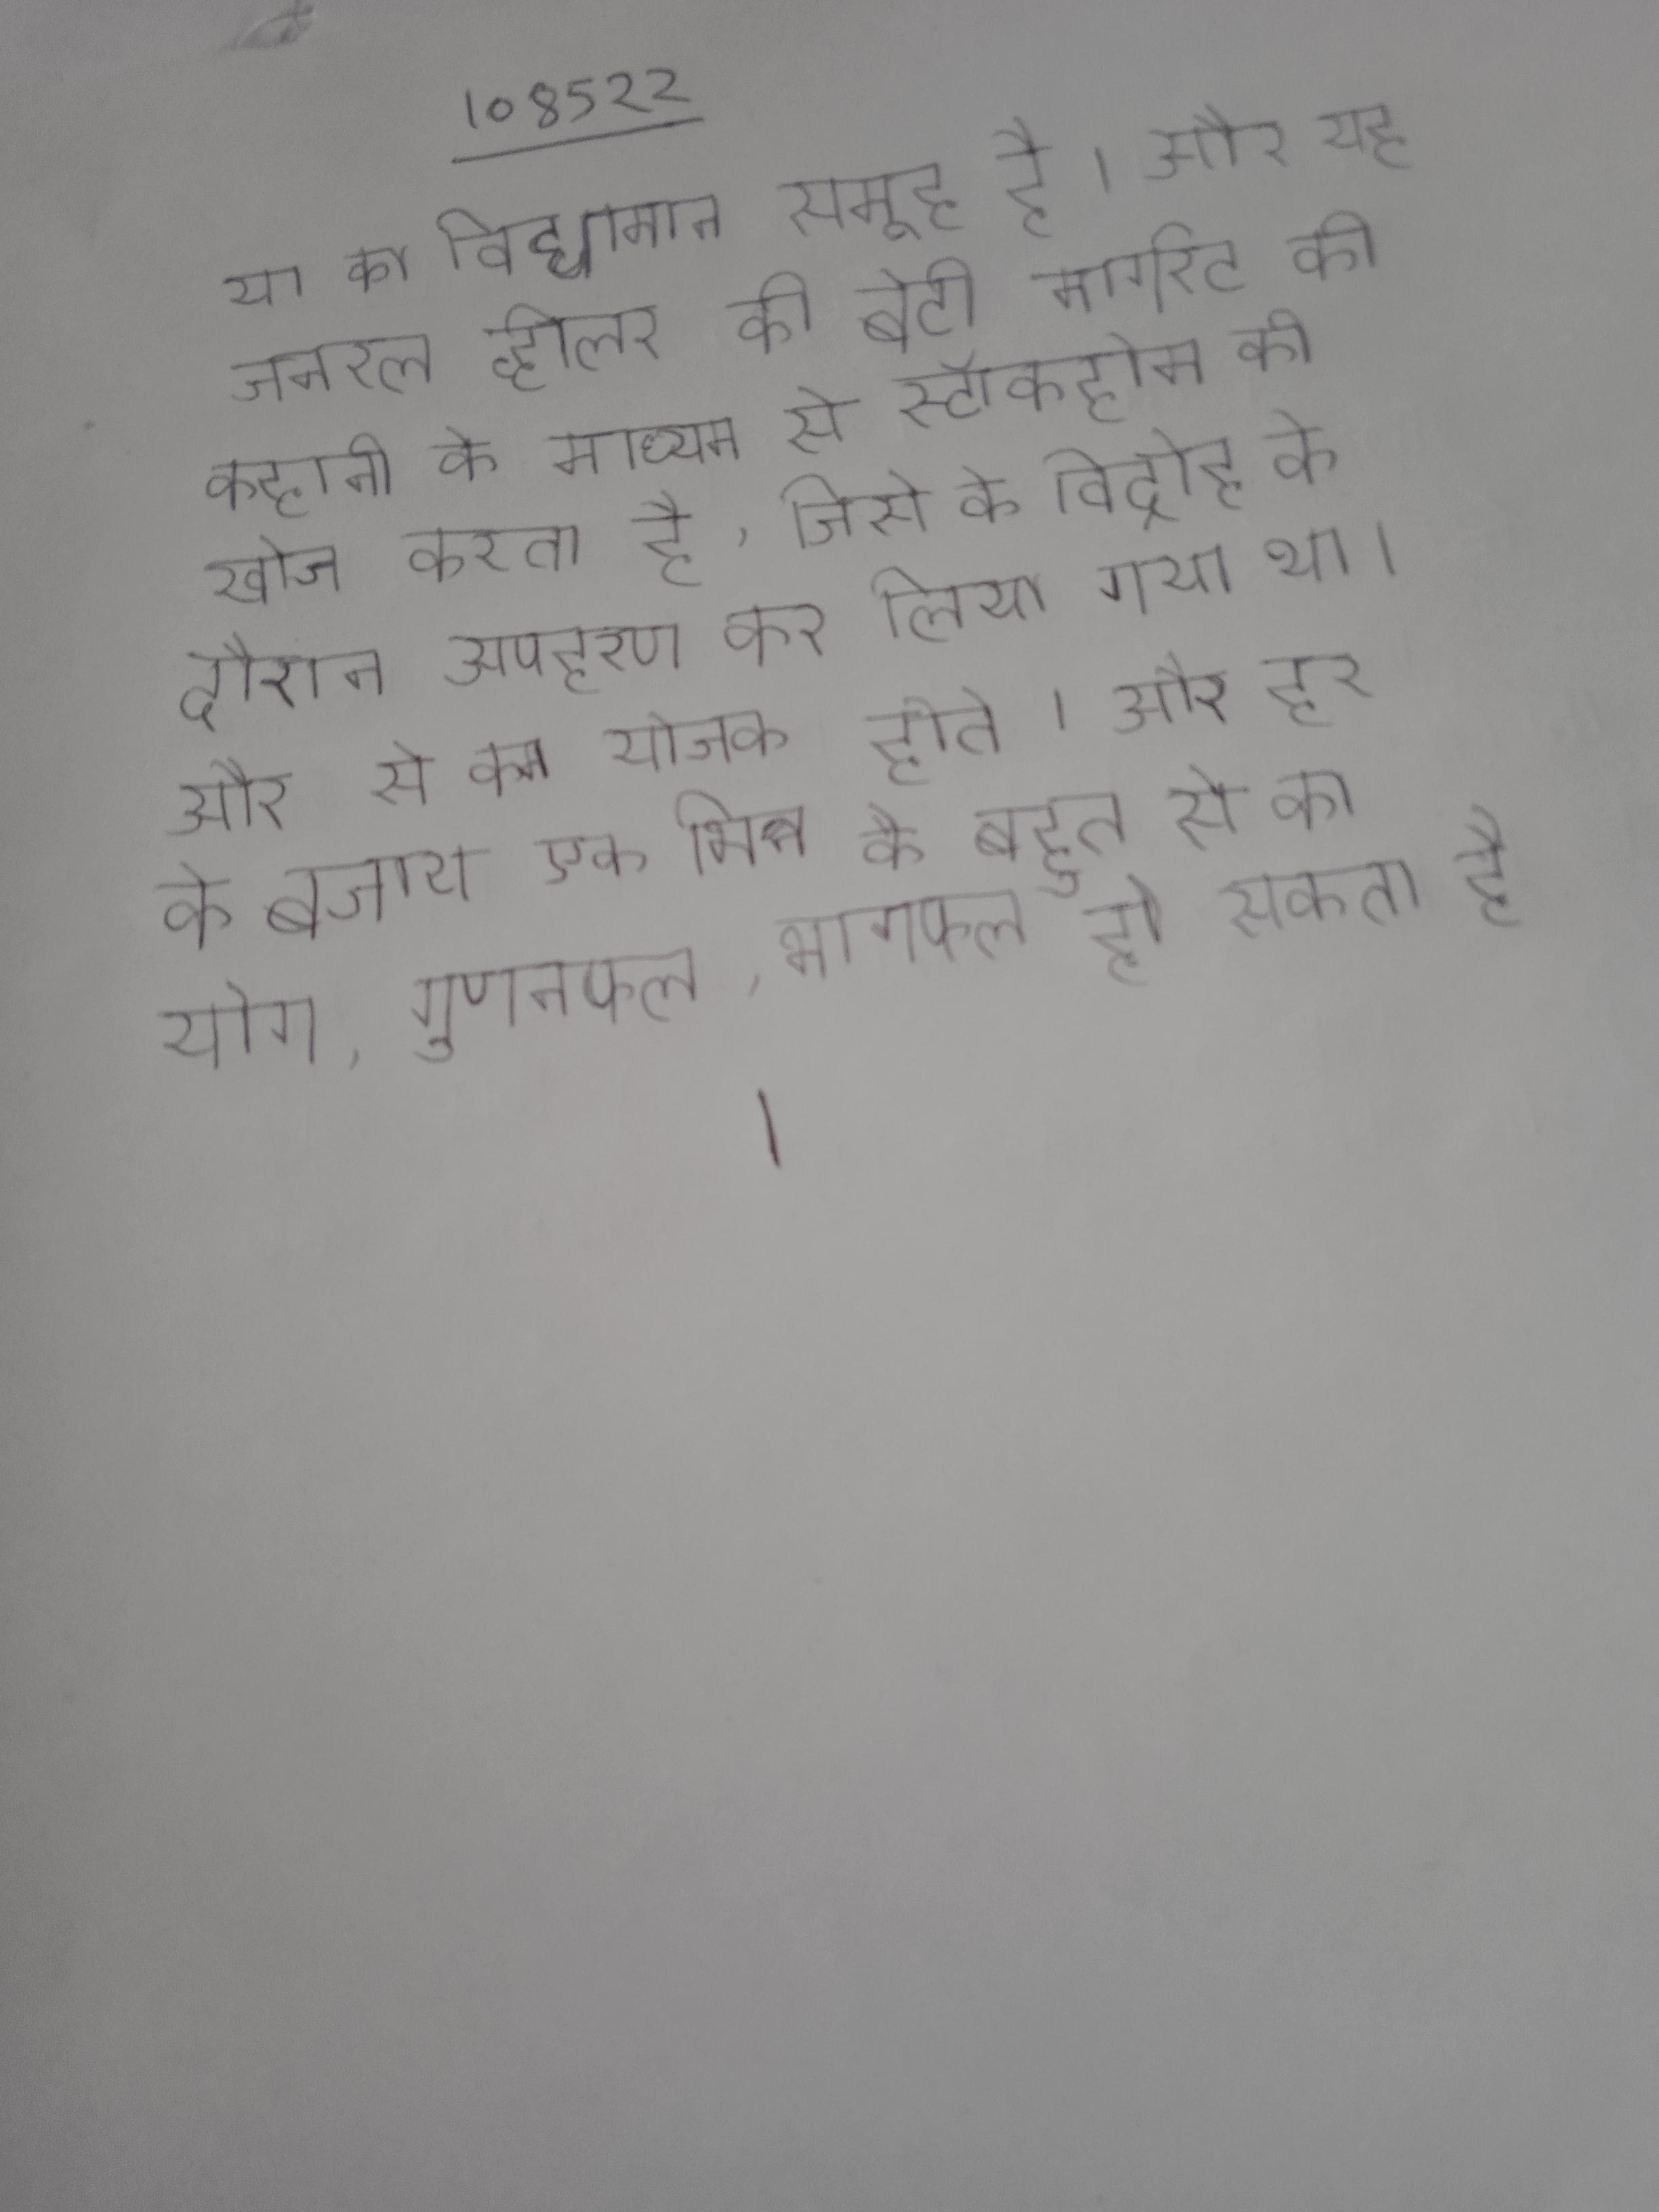
या का विद्यमान समूह है । और यह जनरल व्हीलर की बेटी मार्गरेट की कहानी के माध्यम से स्टॉकहोम की खोज करता है, जिसे के विद्रोह के दौरान अपहरण कर लिया गया था । और से कम योजक होते । और हर के बजाय एक भिन्न के बहुत से का योग, गुणनफल, भागफल हो सकता है ।